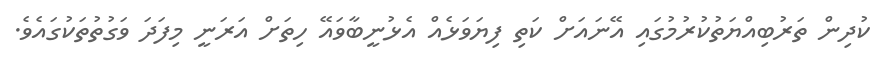
ކުދިން ތަރުބިއްޔަތުކުރުމުގައި އޭނައަށް ކަތި ފިޔަވަޅެއް އެޅުނީބާވައޭ ހިތަށް އަރަނީ މިފަދަ ވަގުތުތަކުގައެވެ.